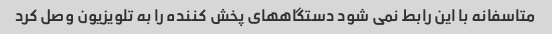
متاسفانه با این رابط نمی شود دستگاههای پخش کننده را به تلویزیون وصل کرد